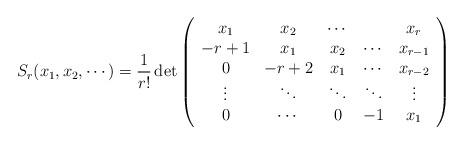
LaTeX: \begin{align*}S_{r}(x_{1},x_{2},\cdots)=\frac{1}{r!}\det\left(\begin{array}[c]{ccccc}x_{1} & x_{2} & \cdots & \ & x_{r}\\-r+1 & x_{1} & x_{2} & \cdots & x_{r-1}\\0 & -r+2 & x_{1} & \cdots & x_{r-2}\\\vdots & \ddots & \ddots & \ddots & \vdots\\0 & \cdots & 0 & -1 & x_{1}\end{array}\right) \end{align*}